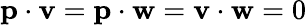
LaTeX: \mathbf{p}\cdot\mathbf{v}=\mathbf{p}\cdot\mathbf{w}=\mathbf{v}\cdot\mathbf{w}=0